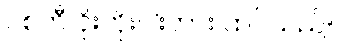
ပစ်တီ ဝိုးတိုးဝါးတား ထင်သည်။